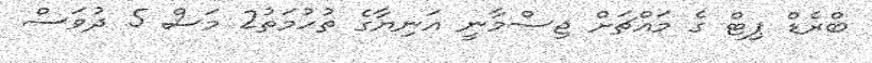
ބްރެޑް ޕިޓް ގެ މައްޗަށް ޖިސްމާނީ އަނިޔާގެ ތުހުމަތު2 މަސް 5 ދުވަސް